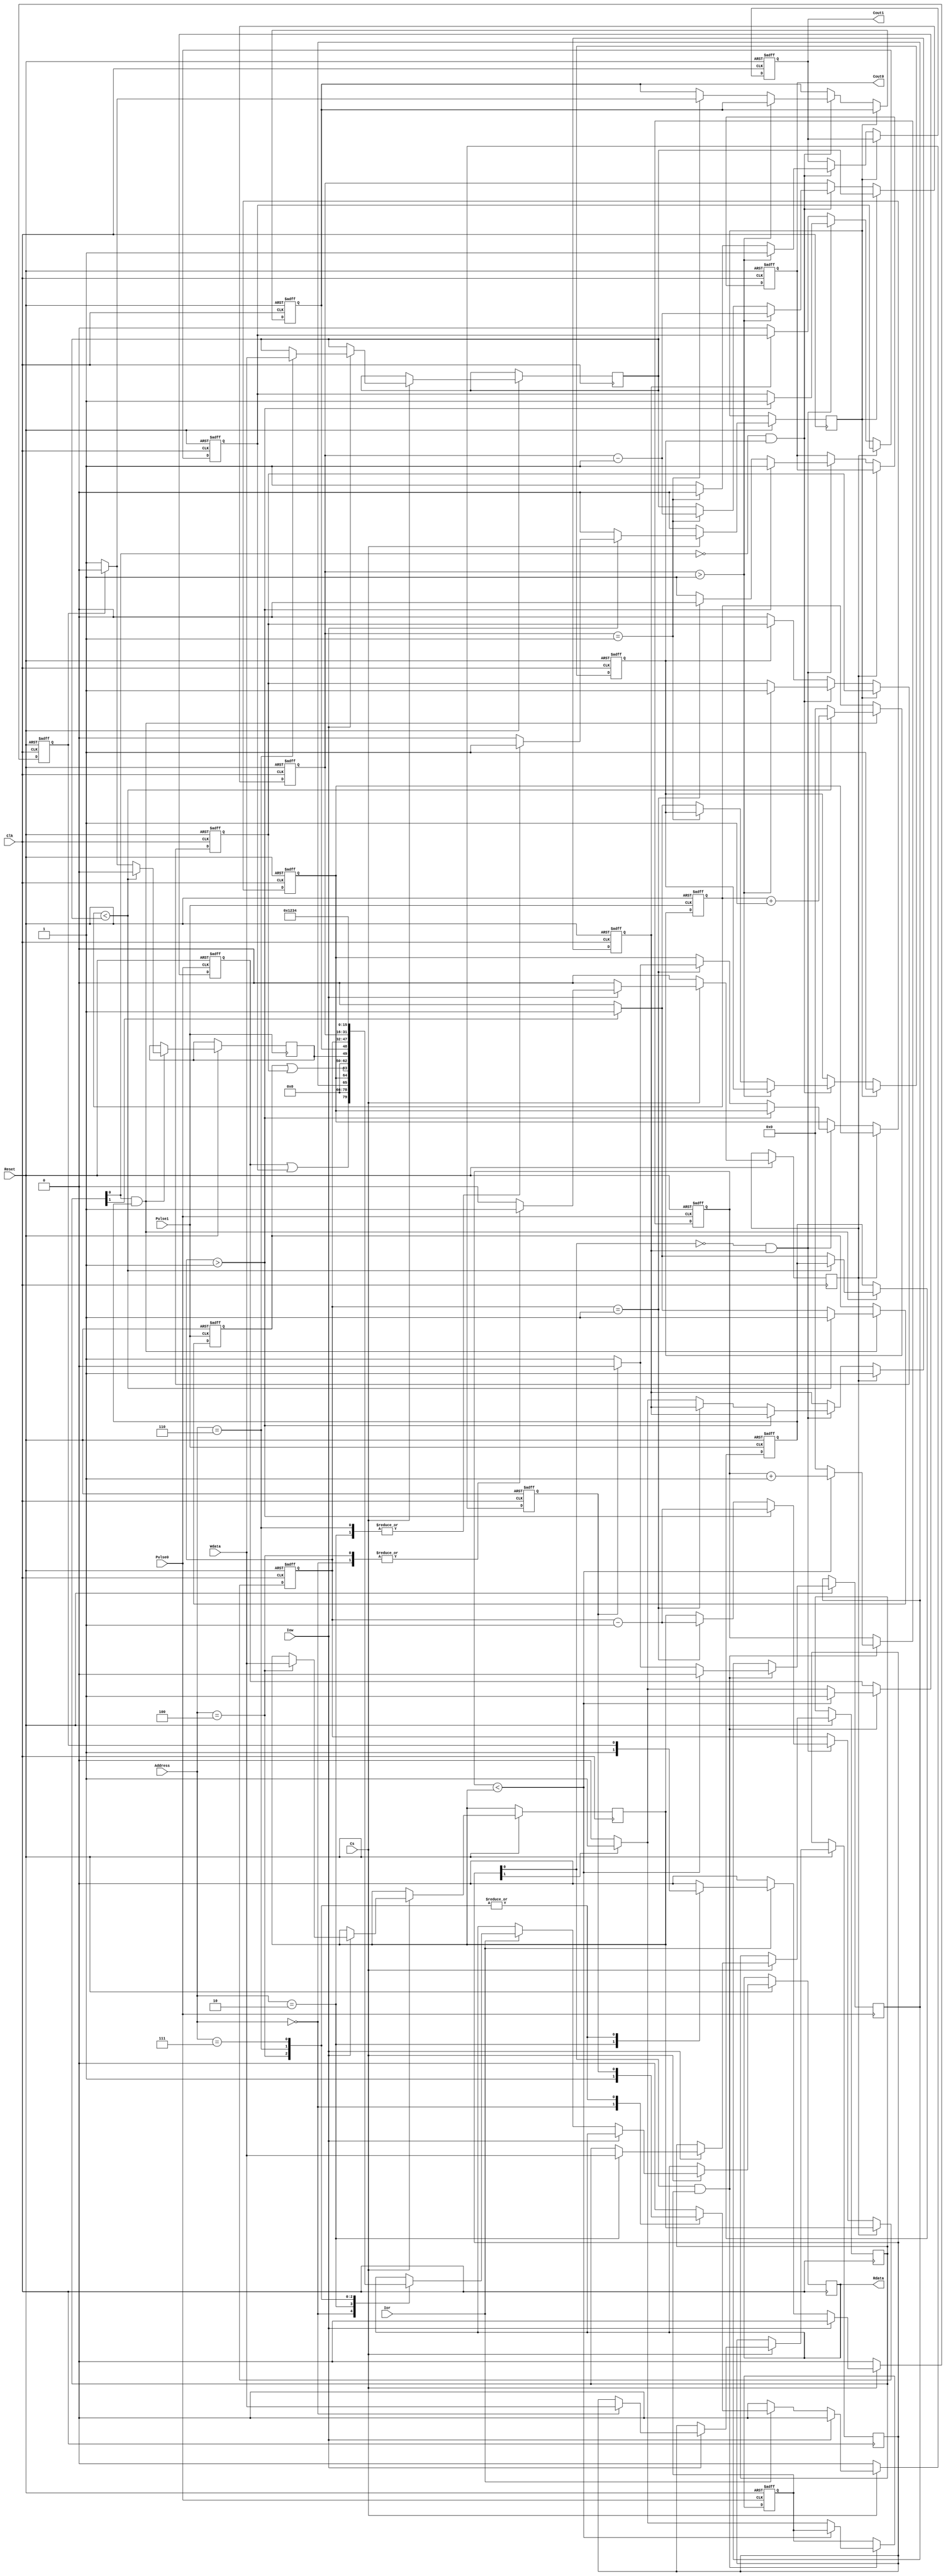
module dev_timer(
input Reset,input [2:0] Address,input Cs,input Clk,input Iow,input Ior ,input [15:0] Wdata, output [15:0] Rdata,input Pulse0 ,input Pulse1,output Cout0,output Cout1
/*output [15:0] state_reg0,output [15:0] function_reg0,output [15:0] cur_value_reg0,output [15:0] cur_cnt_value_reg0,output run_one_period0,output refresh_reg0*/
);

    reg [15:0] Rdata;
    reg Cout0;
    reg Cout1;
    
    //0Ŷʱ
    reg [15:0] target_counter_reg0;//0Ŷʱ ֵĴ
    wire [15:0] state_reg0;//0Ŷʱ ״̬Ĵ
    reg [15:0] function_reg0;//0Ŷʱ ʽĴ
    reg [15:0] cur_value_reg0;//0Ŷʱ ǰֵ
    reg timer0_mode;//ʾ0Ŷʱǰʽ 0ʾ  1ʾʱ
    reg [15:0] cur_cnt_value_reg0; // 0ŶʱļĴ
    reg run_one_period0 = 1; //һѭʱǷ һѭĻ bitΪ0
    reg state0_wire_15Cnt=0;
    reg state0_wire_15Timer=0;
    wire state0_wire_15;
    reg state0_wire_1=0;
    reg state0_wire_0=0;
    assign state0_wire_15 = state0_wire_15Cnt | state0_wire_15Timer; //15Ź״ָ̬ʾλ
    assign state_reg0[15:0] = {state0_wire_15,13'd0,state0_wire_1,state0_wire_0};
    reg refresh_reg0;
    reg keep_on_cnt_reg0 = 1;
    reg timer0_read=0;
    //0Ŷʱ
    
    
    //1Ŷʱ
    reg [15:0] target_counter_reg1;//0Ŷʱ ֵĴ
    wire [15:0] state_reg1;//0Ŷʱ ״̬Ĵ
    reg [15:0] function_reg1;//0Ŷʱ ʽĴ
    reg [15:0] cur_value_reg1;//0Ŷʱ ǰֵ
    reg timer1_mode;//ʾ0Ŷʱǰʽ 0ʾ  1ʾʱ
    reg [15:0] cur_cnt_value_reg1; // 0ŶʱļĴ
    reg run_one_period1 = 1; //һѭʱǷ һѭĻ bitΪ0
    reg state1_wire_15Cnt=0;
    reg state1_wire_15Timer=0;
    wire state1_wire_15;
    reg state1_wire_1=0;
    reg state1_wire_0=0;
    assign state1_wire_15 = state1_wire_15Cnt | state1_wire_15Timer; //15Ź״ָ̬ʾλ
    assign state_reg1[15:0] = {state1_wire_15,13'd0,state1_wire_1,state1_wire_0};
    reg refresh_reg1;
    reg keep_on_cnt_reg1 = 1;
    reg timer1_read=0;
    //1Ŷʱ
    
    always @(posedge Clk or negedge Reset) //Ҫʱӱ ʱûп
    begin
        if(Reset==0)
        begin
                timer0_read = 0;
                timer1_read = 0;
            end
        else if(Cs==1'b1)//ѡ
        begin
            if(Iow==1'b1)//дĴ
                begin
                    timer0_read = 0;
                    timer1_read = 0;
                    case(Address[2:0])
                        3'b000: begin
                                    function_reg0[15:0] = Wdata[15:0]; //д0ŶʱķʽĴ
                                    refresh_reg0 = 1;
                                    refresh_reg1 = 0;
                                                                        //Ǳڵbug  趨Ϊѭģʽ ôһιɺ󽫻޷ڶι
                                    //Ҫÿμ⵽дʽĴʱ ʹܹλ keep_on_xx_reg0 Ϊ1 һ
                                    //Ҫÿμ⵽дʽĴʱ ʹܹλ keep_on_xx_reg0 Ϊ1 һ
                                end
                        3'b010: begin
                                    function_reg1[15:0] = Wdata[15:0]; //д1ŶʱķʽĴ
                                    refresh_reg0 = 0;
                                    refresh_reg1 = 1;
                                end
                        3'b100: begin
                                    target_counter_reg0[15:0] = Wdata[15:0] ; //д0ŶʱĳֵĴ
                                    refresh_reg0 = 1;
                                    refresh_reg1 = 0;
                                end
                        3'b110: begin
                                    target_counter_reg1[15:0] = Wdata[15:0] ; //д1ŶʱĳֵĴ
                                    refresh_reg0 = 0;
                                    refresh_reg1 = 1;
                                end
                        
                        default:
                                begin
                                    refresh_reg0 = 0;
                                    refresh_reg1 = 0;
                                end
                    endcase
                end
            else if(Ior == 1'b1)//Ĵ
                begin
                    refresh_reg0 = 0;
                    refresh_reg1 = 0;
                    case(Address[2:0])//жϼĴַ
                        3'b000: begin //ʱ0״̬Ĵ
                                      Rdata[15:0] = state_reg0[15:0] ; //0Ŷʱ״̬Ĵ
                                      //state0_wire_1 = 0; state0_wire_0=0;//state_reg0[14:0] = 0;//Ĵ λ鿴Ƿʼ
                                      timer0_read = 1;
                                      timer1_read = 0;
                                end
                        3'b010: begin //ʱ1״̬Ĵ
                                      Rdata[15:0] = state_reg1[15:0] ; //1Ŷʱ״̬Ĵ
                                      //state1_wire_1 = 0; state1_wire_0=0;//Ĵ λ鿴Ƿʼ
                                      timer0_read = 0;                             
                                      timer1_read = 1;
                                end
                        3'b100:begin //ʱ0ĵǰֵĴ
                                      Rdata[15:0] = cur_value_reg0[15:0];
                               end
                        3'b110:begin //ʱ1ĵǰֵĴ
                                      Rdata[15:0] = cur_value_reg1[15:0];
                               end
                        3'b111:begin
                                      Rdata[15:0] = 16'h1234;
                               end
                        default: begin
                                    timer0_read = 0;
                                    timer1_read = 0;
                                 end 
                    endcase
                end
            else 
                begin
                    timer0_read = 0;
                    timer1_read = 0;
                    refresh_reg0 = 0;
                    refresh_reg1 = 0;
                end
        end
        else begin
            timer0_read = 0;
            timer1_read = 0;
            refresh_reg0 = 0;
            refresh_reg1 = 0;
        end
    end

   
    always @(posedge Pulse0 or negedge Reset)//ʱ0ģʽ
    begin
        if(Reset == 1'b0)
            begin
                state0_wire_15Cnt = 1'b0;//ָʾλ  
                cur_cnt_value_reg0[15:0] = 0;  
                keep_on_cnt_reg0 = 1;          
            end
        else//Pulse0 == 1'b1 
            begin
                if(function_reg0[0]==1'b1 && keep_on_cnt_reg0==1'b1)//һ ҵǰǼģʽ
                begin
                    if( cur_cnt_value_reg0[15:0] < target_counter_reg0[15:0] )
                        begin
                            cur_cnt_value_reg0 = cur_cnt_value_reg0 + 1; //ÿһ 
                            state0_wire_15Cnt = 1'b1;    //״̬λֵ1
                            state0_wire_1 = 0; //δ
                        end
                    else
                        begin
                            cur_cnt_value_reg0 = 0;
                            if(timer0_read==1'b0)//ǰûжĴ
                                state0_wire_1 = 1; //
                            else 
                                state0_wire_1 = 0;

                            if(function_reg0[1] == 1'b0)//жϵǰǷѭģʽ
                                begin
                                    keep_on_cnt_reg0 = 0;
                                    state0_wire_15Cnt = 1'b0;//һѭ û´ѭ 趨״̬Ϊ0
                                end
                            else
                                begin
                                    keep_on_cnt_reg0 = 1;
                                    state0_wire_15Cnt = 1'b1;//һѭ ´ѭ 趨״̬Ϊ1
                                end
                        end
                end
            end
     end

    
    always @(posedge Clk or negedge Reset)//ʱ0 ʱ
    begin
        if(Reset == 1'b0)
            begin
                Cout0 = 1;//ʱȱʡΪߵƽ ֶʱжʱ͵ƽ
                state0_wire_15Timer = 1'b0;//ָʾλ
                state0_wire_0 = 1'b0;//ʱָʾλ
                run_one_period0 = 1;
                cur_value_reg0[15:0]=0;
            end
        else if(refresh_reg0 ==  1'b1)//ˢµǰʱֵ
            begin
                cur_value_reg0[15:0]=target_counter_reg0[15:0];
                run_one_period0 = 1;
            end
        else
            begin
                if(function_reg0[0]==1'b0 && run_one_period0==1'b1) //ʽĴ0ʾʱ 1ʾ
                    begin
                        //ʱģʽ  һһֱ1 Ȼ״̬λΪ1 coutһ͵ƽ
                        if(cur_value_reg0[15:0]>16'd1)
                            begin
                                Cout0 = 1;
                                cur_value_reg0[15:0] = cur_value_reg0[15:0] - 1;
                                state0_wire_15Timer = 1'b1;//λΪ1 ʾڼ߶ʱ
                            end
                        else if(cur_value_reg0[15:0] == 16'd1)
                            begin
                                Cout0 = 0;//һ͵ƽ
                                cur_value_reg0[15:0] = cur_value_reg0[15:0] - 1;
                                if(timer0_read==1'b0)//ǰûжĴ
                                    state0_wire_0 = 1'b1;//λΪ1 ʾʱ
                                else 
                                    state0_wire_0 = 1'b0;
                            end
                        else
                            begin
                                Cout0 = 1;
                                cur_value_reg0[15:0] = target_counter_reg0[15:0];//ֵĴֵǰֵĴ
                                //state0_wire_0 = 1'b0;//0bitΪ1 ʾһμ
                                if(function_reg0[1]==1'b0)
                                    run_one_period0 = 1'b0;//ֻһξֹͣ
                                else
                                    run_one_period0 = 1'b1;//ѭ
                            end
                    end
                 else if(run_one_period0 == 1'b0)//run_one_period0 == 0 ʾ
                    begin
                        state0_wire_15Timer = 1'b0;//ʾĿǰ
                    end
            end
    end

    always @(posedge Pulse1 or negedge Reset)//ʱ1ģʽ
    begin
        if(Reset == 1'b0)
            begin
                state1_wire_15Cnt = 1'b0;//ָʾλ  
                cur_cnt_value_reg1[15:0] = 0;  
                keep_on_cnt_reg1 = 1;        
            end
        else//Pulse0 == 1'b1 
            begin
                if(function_reg1[0]==1'b1 && keep_on_cnt_reg1==1'b1)//һ ҵǰǼģʽ
                begin
                    if( cur_cnt_value_reg1[15:0] < target_counter_reg1[15:0] )
                        begin
                            cur_cnt_value_reg1 = cur_cnt_value_reg1 + 1; //ÿһ 
                            state1_wire_15Cnt = 1'b1;    //״̬λֵ1
                            state1_wire_1 = 0; //δ
                        end
                    else
                        begin
                            cur_cnt_value_reg1 = 0;
                            if(timer1_read == 1'b0)
                                state1_wire_1 = 1; //
                            else
                                state1_wire_1 = 0;

                            if(function_reg1[1] == 1'b0)//жϵǰǷѭģʽ
                                begin
                                    keep_on_cnt_reg1 = 0;
                                    state1_wire_15Cnt = 1'b0;//һѭ û´ѭ 趨״̬Ϊ0
                                end
                            else
                                begin
                                    keep_on_cnt_reg1 = 1;
                                    state1_wire_15Cnt = 1'b1;//һѭ ´ѭ 趨״̬Ϊ1
                                end
                        end
                end
            end
     end

    
    always @(posedge Clk or negedge Reset)//ʱ1 ʱ
    begin
        if(Reset == 1'b0)
            begin
                Cout1 = 1;//ʱȱʡΪߵƽ ֶʱжʱ͵ƽ
                state1_wire_15Timer = 1'b0;//ָʾλ
                state1_wire_0 = 1'b0;//ʱָʾλ
                run_one_period1 = 1;
                cur_value_reg1[15:0]=0;
            end
        else if(refresh_reg1 ==  1'b1)//ˢµǰʱֵ
            begin
                cur_value_reg1[15:0]=target_counter_reg1[15:0];
                run_one_period1 = 1;
            end
        else
            begin
                if(function_reg1[0]==1'b0 && run_one_period1==1'b1) //ʽĴ0ʾʱ 1ʾ
                    begin
                        //ʱģʽ  һһֱ1 Ȼ״̬λΪ1 coutһ͵ƽ
                        if(cur_value_reg1[15:0]>16'd1)
                            begin
                                Cout1 = 1;
                                cur_value_reg1[15:0] = cur_value_reg1[15:0] - 1;
                                state1_wire_15Timer = 1'b1;//λΪ1 ʾڼ߶ʱ
                            end
                        else if(cur_value_reg1[15:0] == 16'd1)
                            begin
                                Cout1 = 0;//һ͵ƽ
                                cur_value_reg1[15:0] = cur_value_reg1[15:0] - 1;
                                if(timer1_read==1'b0)   
                                    state1_wire_0 = 1'b1;//λΪ1 ʾʱ
                                else 
                                    state1_wire_0 = 1'b0;
                            end
                        else
                            begin
                                Cout1 = 1;
                                cur_value_reg1[15:0] = target_counter_reg1[15:0];//ֵĴֵǰֵĴ
                                //state0_wire_0 = 1'b0;//0bitΪ1 ʾһμ
                                if(function_reg1[1]==1'b0)
                                    run_one_period1 = 1'b0;//ֻһξֹͣ
                                else
                                    run_one_period1 = 1'b1;//ѭ
                            end
                    end
                 else if(run_one_period1 == 1'b0)//run_one_period0 == 0 ʾ
                    begin
                        state1_wire_15Timer = 1'b0;//ʾĿǰ
                    end
            end
    end



endmodule